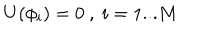
U ( \phi _ { i } ) = 0 \textrm { } , \textrm { } i = 1 . . . M